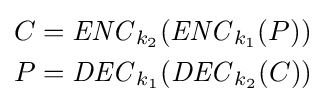
{\begin{aligned}C&={\mathit {ENC}}_{k_{2}}({\mathit {ENC}}_{k_{1}}(P))\\P&={\mathit {DEC}}_{k_{1}}({\mathit {DEC}}_{k_{2}}(C))\\\end{aligned}}